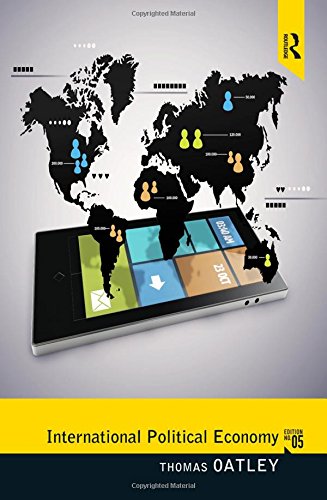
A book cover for International Political Economy; Thomas Oatley; Business & Money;